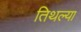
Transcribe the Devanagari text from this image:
तिथल्या